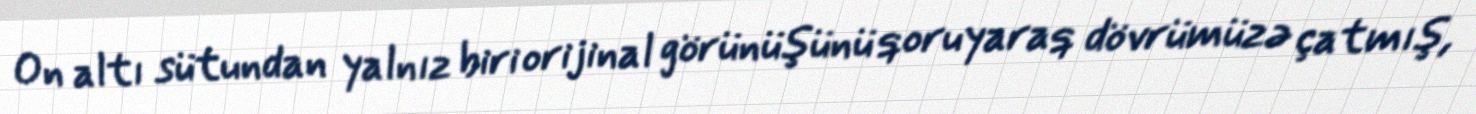
On altı sütundan yalnız biri orijinal görünüşünü qoruyaraq dövrümüzə çatmış,